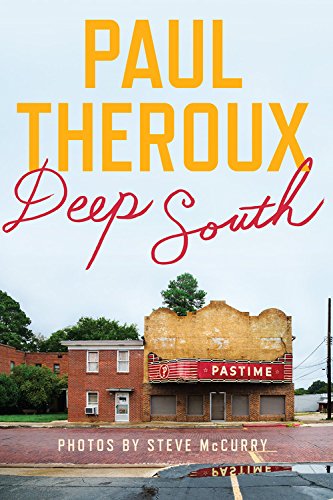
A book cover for Deep South: Four Seasons on Back Roads; Paul Theroux; Reference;